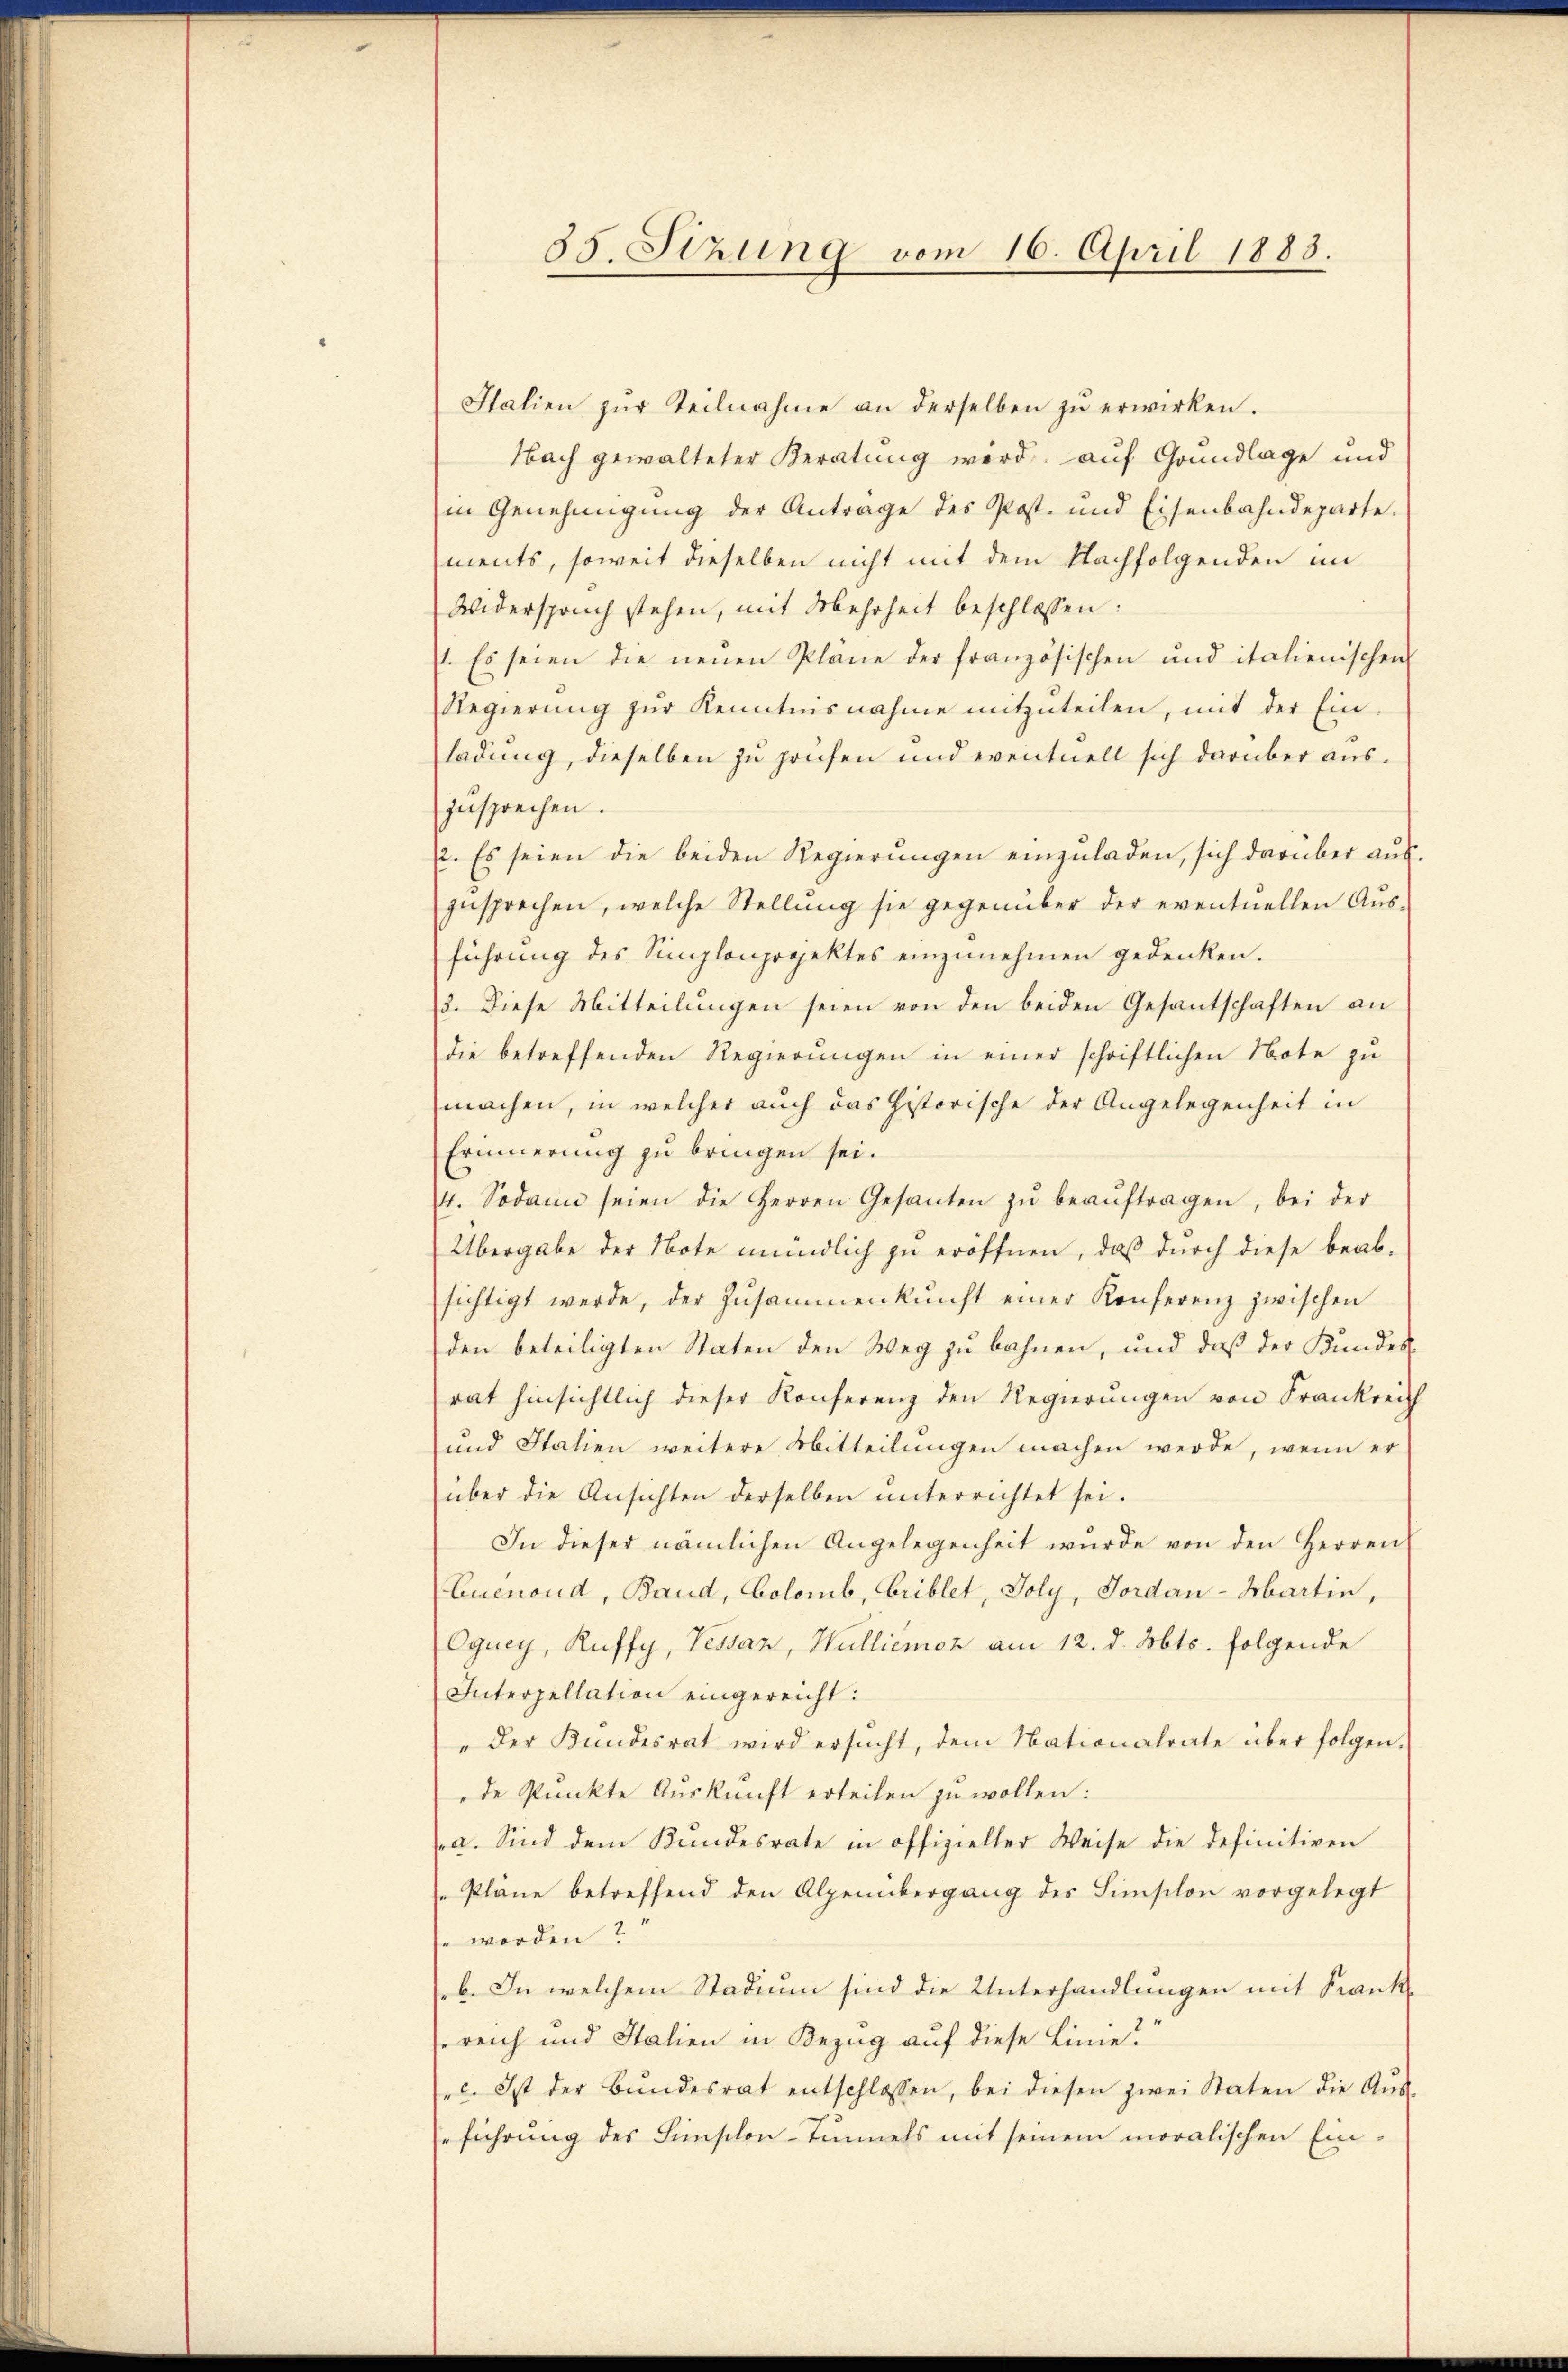
85. Sizung vom 16. April 1883.

Italien zŭr Teilnahme an derselben zŭ erwirken.
Nach gewalteter Beratung wird, auf Grundlage und
in Genehmigung der Antrage des Post- und Eisenbahndeparte.
ments, soweit dieselben nicht mit dem Nachfolgenden im
Widerspruch stehen, mit Mehrheit beschlossen:
1. Es seien die neuen Plane der französischen und italienischen
Regierŭng zŭr Kenntnisnahme mitzŭteilen, mit der Ein-
ladung, dieselben zu prüfen und eventuell sich darüber aus.
zusprechen.
2. Es seien die beiden Regierungen einzuladen, sich darüber ausgesprechen, welche Stellŭng sie gegenüber der eventuellen Aŭs-
führung des Simplonprojektes einzunehmen gedenken.
3. Diese Mitteilungen seien von den beiden Gesantschaften an
die betreffenden Regierŭngen in einer schriftlichen Note zu
machen, in welcher auch das historische der Angelegenheit in
Erinnerung zu bringen sei.
4. Sodann seien die Herren Gesanten zŭ beaŭftragen, bei der
Übergabe der Note mündlich zu eröffnen, daß durch diese beab-
sichtigt werde, der Zŭsammenkunft einer Konferenz zwischen
den beteiligten Staten den Weg zu bahnen, und daß der Kundes-
rat hinsichtlich dieser Konferenz den Regierungen von Frankreich
und Italien weitere Mitteilungen machen werde, wenn er
über die Ansichten derselben unterrichtet sei.
In dieser nämlichen Angelegenheit wurde von den Herren
Euenoud, Band, Colomb, Criblet, Joly, Jordan-Martin,
Ogney, Ruffy, Pessaz, Hulliemoz am 12. d. Mts. folgende
Interpellation eingereicht:
"Der Kundesrat wird ersŭcht, dem Nationalrate über folgen.
de Punkte Auskunft erteilen zu wollen:
a. Sind dem Kundesrate in offizieller Weise die definitiven
"Pläne betreffend den Alpenübergang des Hinschon vorgelegt
sn worden?
b. In welchem Stadium sind die Unterhandlungen mit Krankreich und Italien in Bezug auf diese Linie?“
c. Ist der Bŭndesrat entschlossen, bei diesen zwei Staten die Aŭs-
rführung des Fischon-Tunnels mit seinem moralischen Ein-